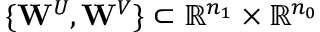
\{ \mathbf { W } ^ { U } , \mathbf { W } ^ { V } \} \subset \mathbb { R } ^ { n _ { 1 } } \times \mathbb { R } ^ { n _ { 0 } }